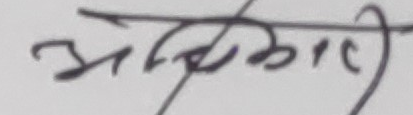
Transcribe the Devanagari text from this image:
अधिकारी